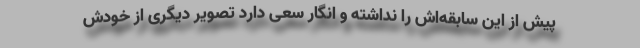
پیش از این سابقه‌اش را نداشته و انگار سعی دارد تصویر دیگری از خودش